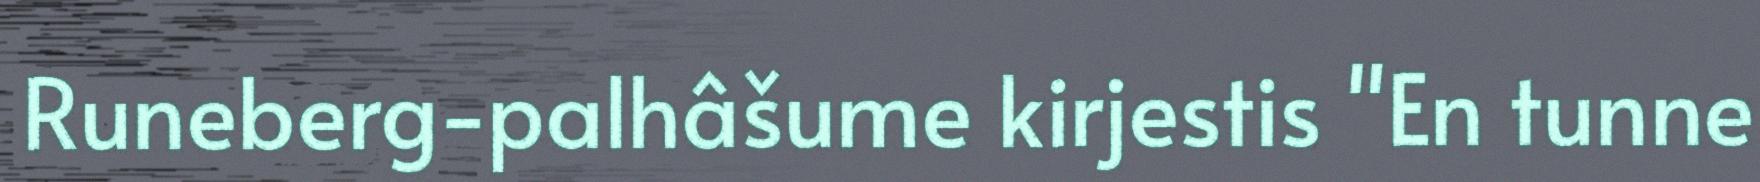
Runeberg-palhâšume kirjestis "En tunne